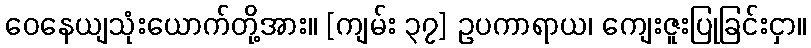
ဝေနေယျသုံးယောက်တို့အား။ [ကျမ်း ၃၇] ဥပကာရာယ၊ ကျေးဇူးပြုခြင်းငှာ။